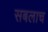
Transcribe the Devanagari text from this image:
सबलाच